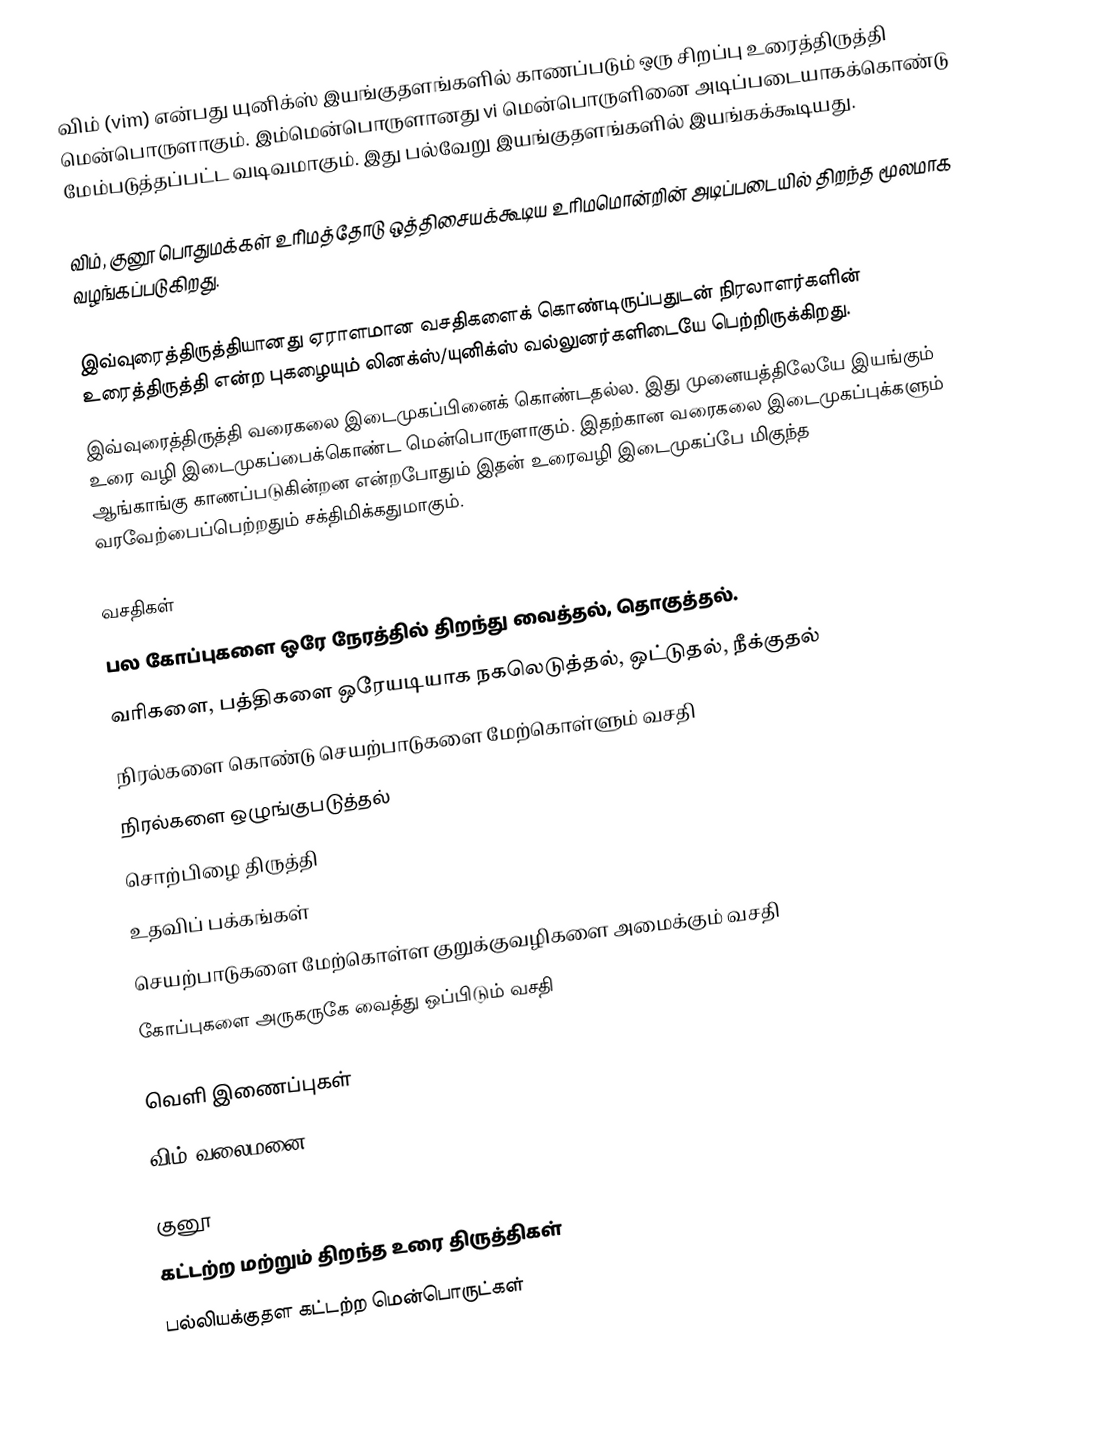
விம் (vim) என்பது யுனிக்ஸ் இயங்குதளங்களில் காணப்படும் ஒரு சிறப்பு உரைத்திருத்தி மென்பொருளாகும். இம்மென்பொருளானது vi மென்பொருளினை அடிப்படையாகக்கொண்டு மேம்படுத்தப்பட்ட வடிவமாகும். இது பல்வேறு இயங்குதளங்களில் இயங்கக்கூடியது.

விம், குனூ பொதுமக்கள் உரிமத்தோடு ஒத்திசையக்கூடிய உரிமமொன்றின் அடிப்படையில் திறந்த மூலமாக வழங்கப்படுகிறது.

இவ்வுரைத்திருத்தியானது ஏராளமான வசதிகளைக் கொண்டிருப்பதுடன் நிரலாளர்களின் உரைத்திருத்தி என்ற புகழையும் லினக்ஸ்/யுனிக்ஸ் வல்லுனர்களிடையே பெற்றிருக்கிறது.
இவ்வுரைத்திருத்தி வரைகலை இடைமுகப்பினைக் கொண்டதல்ல. இது முனையத்திலேயே இயங்கும் உரை வழி இடைமுகப்பைக்கொண்ட மென்பொருளாகும். இதற்கான வரைகலை இடைமுகப்புக்களும் ஆங்காங்கு காணப்படுகின்றன என்றபோதும் இதன் உரைவழி இடைமுகப்பே மிகுந்த வரவேற்பைப்பெற்றதும் சக்திமிக்கதுமாகும்.

வசதிகள்
 பல கோப்புகளை ஒரே நேரத்தில் திறந்து வைத்தல், தொகுத்தல்.
 வரிகளை, பத்திகளை ஒரேயடியாக நகலெடுத்தல், ஒட்டுதல், நீக்குதல்
 நிரல்களை கொண்டு செயற்பாடுகளை மேற்கொள்ளும் வசதி
 நிரல்களை ஒழுங்குபடுத்தல்
 சொற்பிழை திருத்தி
 உதவிப் பக்கங்கள்
 செயற்பாடுகளை மேற்கொள்ள குறுக்குவழிகளை அமைக்கும் வசதி
 கோப்புகளை அருகருகே வைத்து ஒப்பிடும் வசதி

வெளி இணைப்புகள்
 விம் வலைமனை

குனூ
கட்டற்ற மற்றும் திறந்த உரை திருத்திகள்
பல்லியக்குதள கட்டற்ற மென்பொருட்கள்